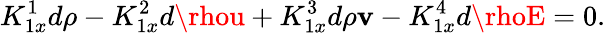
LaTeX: K_{1x}^{1}d\rho-K_{1x}^{2}d\rhou+K_{1x}^{3}d\rho\mathbf{v}-K_{1x}^{4}d\rhoE=0.